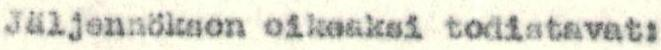
Jäljennöksen oikeaksi todistavat: